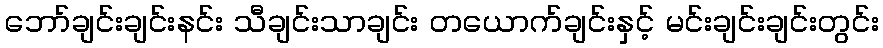
ဘော်ချင်းချင်းနင်း သီချင်းသာချင်း တယောက်ချင်းနှင့် မင်းချင်းချင်းတွင်း